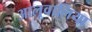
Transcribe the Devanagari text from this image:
आलूवालिया